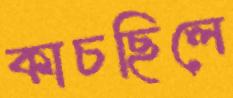
কাচছিলে